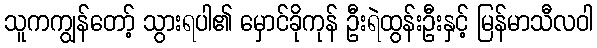
သူကကျွန်တော့် သွားရပါ၏ မှောင်ခိုကုန် ဦးရဲထွန်းဦးနှင့် မြန်မာသီလဝါ